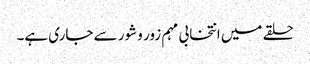
حلقے میں انتخابی مہم زور و شور سے جاری ہے۔